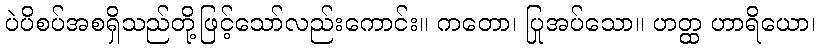
ပဲပိစပ်အစရှိသည်တို့ဖြင့်သော်လည်းကောင်း။ ကတော၊ ပြုအပ်သော။ ဟတ္ထ ဟာရိယော၊